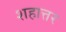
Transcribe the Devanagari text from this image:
शहात्तर